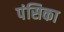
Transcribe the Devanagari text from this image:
पंसिका